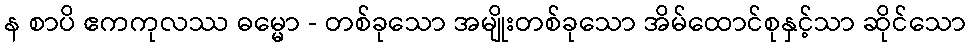
န စာပိ ဧကကုလဿ ဓမ္မော - တစ်ခုသော အမျိုးတစ်ခုသော အိမ်ထောင်စုနှင့်သာ ဆိုင်သော